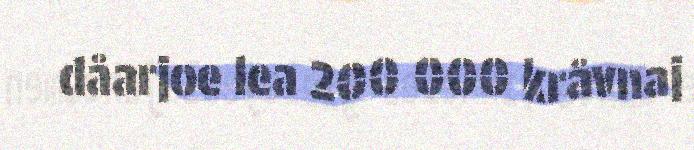
dåarjoe lea 200 000 kråvnaj